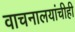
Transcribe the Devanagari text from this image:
वाचनालयांचीही